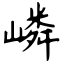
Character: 嶙